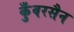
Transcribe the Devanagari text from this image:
कुँवरसैन